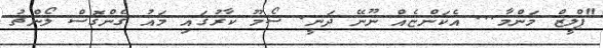
"ޕްލީޒް މަންމާ... އެކަންޏެއް ނޫނޭ ދަނީ. ސޯމޫ ކާރުގައި މައު ގެންގޮސް ލޯންޗު